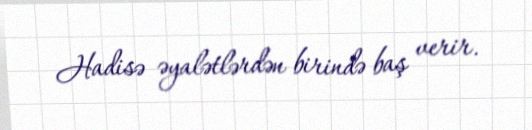
Hadisə əyalətlərdən birində baş verir.